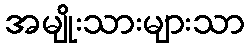
အမျိုးသားများသာ